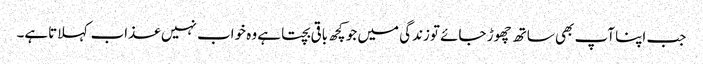
جب اپنا آپ بھی ساتھ چھوڑ جائے توزندگی میں جو کچھ باقی بچتا ہے وہ خواب نہیں عذاب کہلاتاہے۔